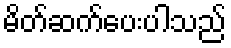
မိတ်ဆက်ပေးပါသည်